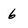
Character: 6